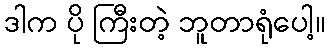
ဒါက ပို ကြီးတဲ့ ဘူတာရုံပေါ့။